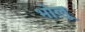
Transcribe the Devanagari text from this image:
भोलू